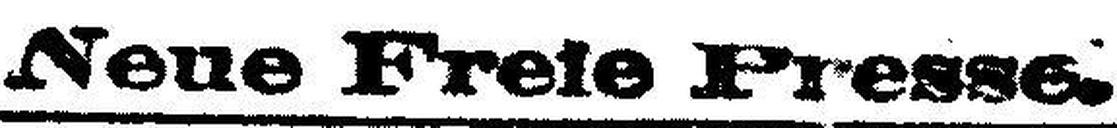
Neue Freie Presse.